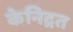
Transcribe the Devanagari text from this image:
केनिद्रत